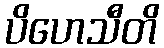
ပိဟေသီတိ